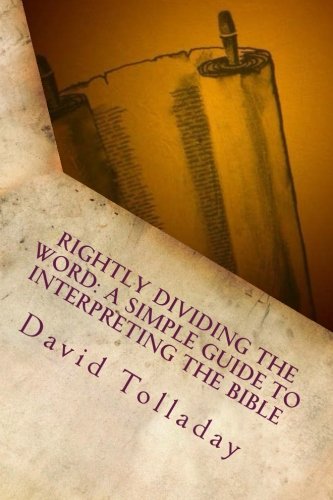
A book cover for Rightly Dividing The Word: A simple guide to interpreting the Bible; David Tolladay; Christian Books & Bibles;